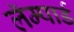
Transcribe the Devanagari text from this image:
लॅम्पार्ड